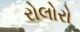
રોલોરો